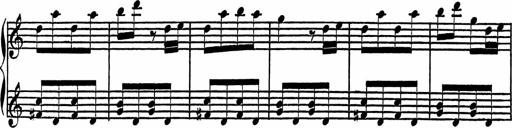
Title: 4 Piano Sonatinas
Composer: Adam Geibel